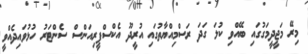
މިރޭ މަޖީދީމަގުގައި ބޭއްވި ކުލަ ގަދަ ރަސްމިއްޔާތުގައި އުރީދޫ އެކްސްޕީރިއަންސް ސެންޓަރު ހުޅުވައިދެއްވީ